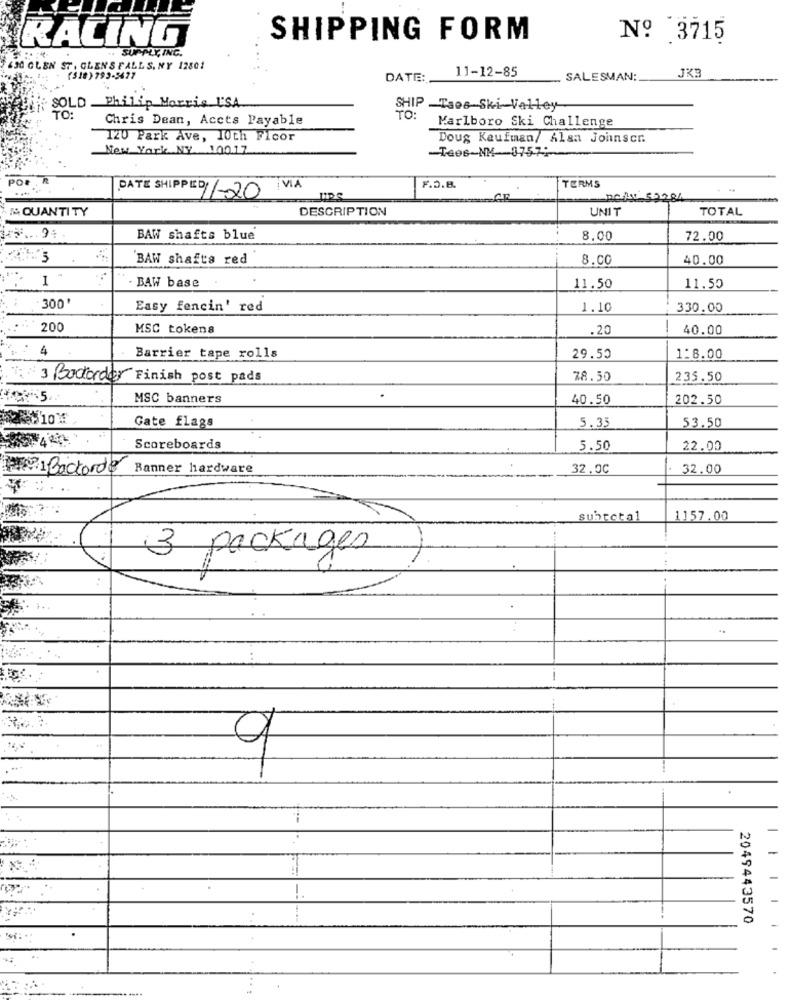
RACING
SHIPPING FORM
Nº 3715
SUPPLY ING.
630 GLEN ST. GLENS FALLS, NY 12801
11-12-85
(510) 793-5627
DATE:
SALESMAN:
JK3
SOLD Philip Morris USA
SHIP -Taes Ski-Valley
Chris Dean, Accts Payable
Marlboro Ski Challenge
120 Park Ave, 10th Floor
Doug Kaufman/ Alsa Joinscr.
New York NY 10017
Tees-NK-3757:
POR
"R
TERMS
VIA
F.D.B.
DATE SHIPPED /-20
paix 59284
QUANTI TY
DESCRIPTION
UNIT
TOTAL
.... 94
BAW shafts blue
8.00
72.00
BAW shafts red
8.00
40.00
1
. BAW base
11.50
11.55
300
Easy fencin' red
1.10
330.00
200
MSC tokens
.20
40.00
4
Barrier tape rolls
29.50
1:8.00
3 Badorder Finish post pads
78.50
235.50
MSC banners
40.50
202.50
Gate flags
5.35
53.50
Scoreboards
5.50
22.00
201 Backorder
Banner hardware
32.00
32.00
subtotal
1157.00
3 packages
...
. .
-
2049443570
-----